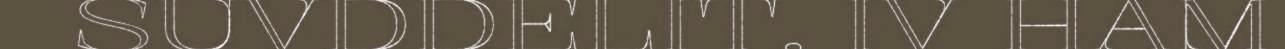
SUVDDELIT. IV HAM